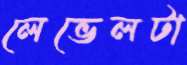
লেভেলটা